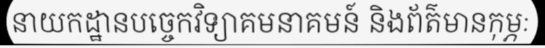
នាយកដ្ឋានបច្ចេកវិទ្យាគមនាគមន៍ និងព័ត៌មានកុម្ភៈ